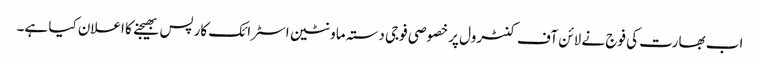
اب بھارت کی فوج نے لائن آف کنٹرول پر خصوصی فوجی دستہ ماونٹین اسٹرائک کارپس بھیجنے کا اعلان کیا ہے۔